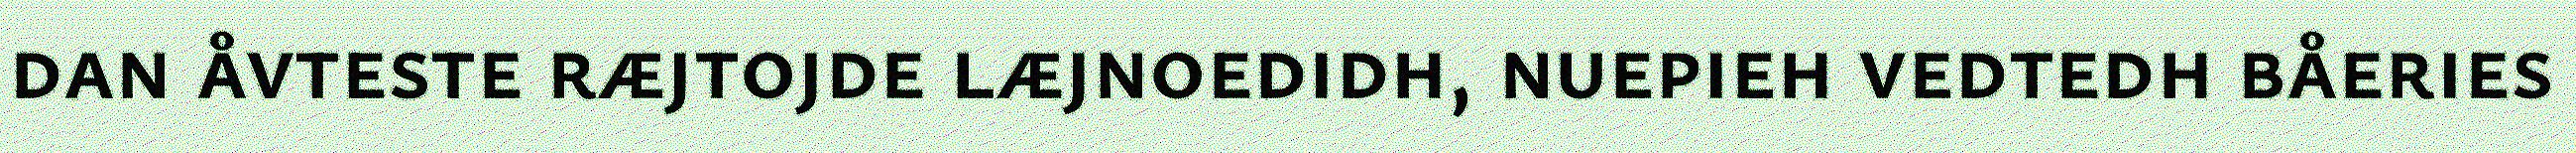
dan åvteste ræjtojde læjnoedidh, nuepieh vedtedh båeries